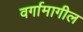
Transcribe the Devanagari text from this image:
वर्गामागील